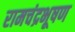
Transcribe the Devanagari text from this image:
रामचंद्रभूषण